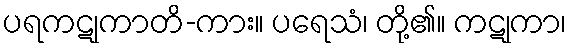
ပရကဋုကာတိ-ကား။ ပရေသံ၊ တို့၏။ ကဋုကာ၊